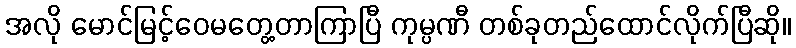
အလို မောင်မြင့်ဝေမတွေ့တာကြာပြီ ကုမ္ပဏီ တစ်ခုတည်ထောင်လိုက်ပြီဆို။